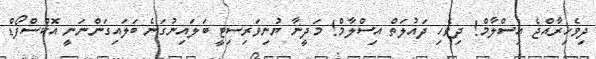
ދިވެހިރާއްޖެ އިސްލާމް! ދިވެހި ދައުލަތް އިސްލާމް! މަދީނާ ޔުނިވަރިސިޓީ ބަލައިނުގަނެ ބަލައިގަންނަނީ އޮކްސްފޯޑް